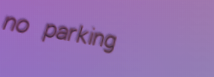
no parking